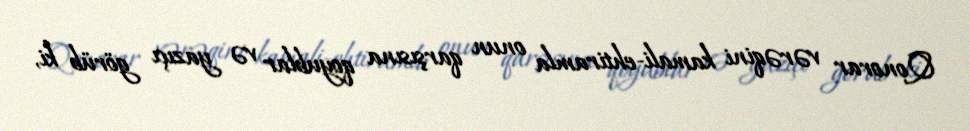
Qonorar vərəqini kamali-ehtiramla onun qarşısına qoyublar və yazıçı görüb ki,